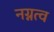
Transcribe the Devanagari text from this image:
नग्नत्व